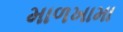
માળખામા